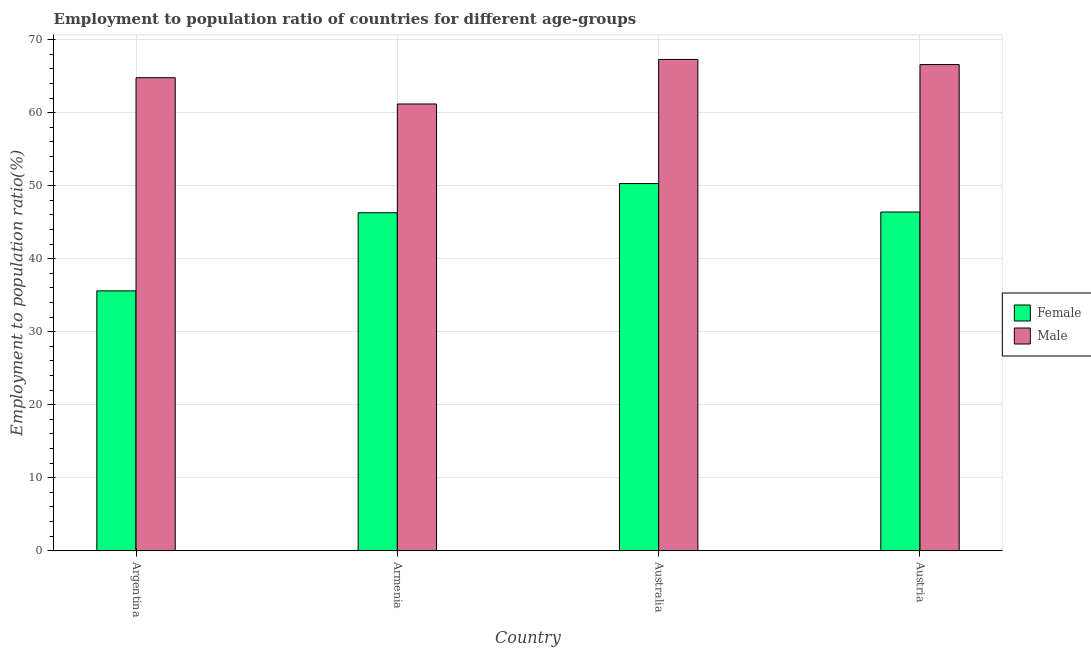
| Country | Female | Male |
 | --- | --- | --- |
 | Argentina | 35.6 | 64.8 |
 | Armenia | 46.3 | 61.2 |
 | Australia | 50.3 | 67.3 |
 | Austria | 46.4 | 66.6 |